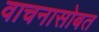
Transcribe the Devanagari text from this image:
वाचनासोबत